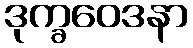
ဒုက္ခဝေဒနာ